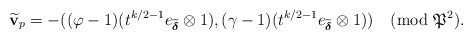
\begin{align*}\widetilde{\mathbf v}_p=-((\varphi-1)(t^{k/2-1} e_{\widetilde{\boldsymbol\delta}} \otimes 1),(\gamma-1)(t^{k/2-1} e_{\widetilde{\boldsymbol\delta}} \otimes 1)) \pmod{\frak P^2}.\end{align*}